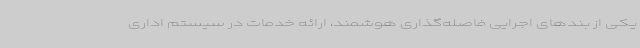
یکی از بندهای اجرایی فاصله‌گذاری هوشمند، ارائه خدمات در سیستم اداری